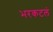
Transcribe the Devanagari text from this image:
भरकटलं